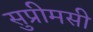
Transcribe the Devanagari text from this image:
सुप्रीमसी